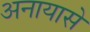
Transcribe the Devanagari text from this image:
अनायासे